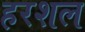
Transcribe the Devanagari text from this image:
हरशल